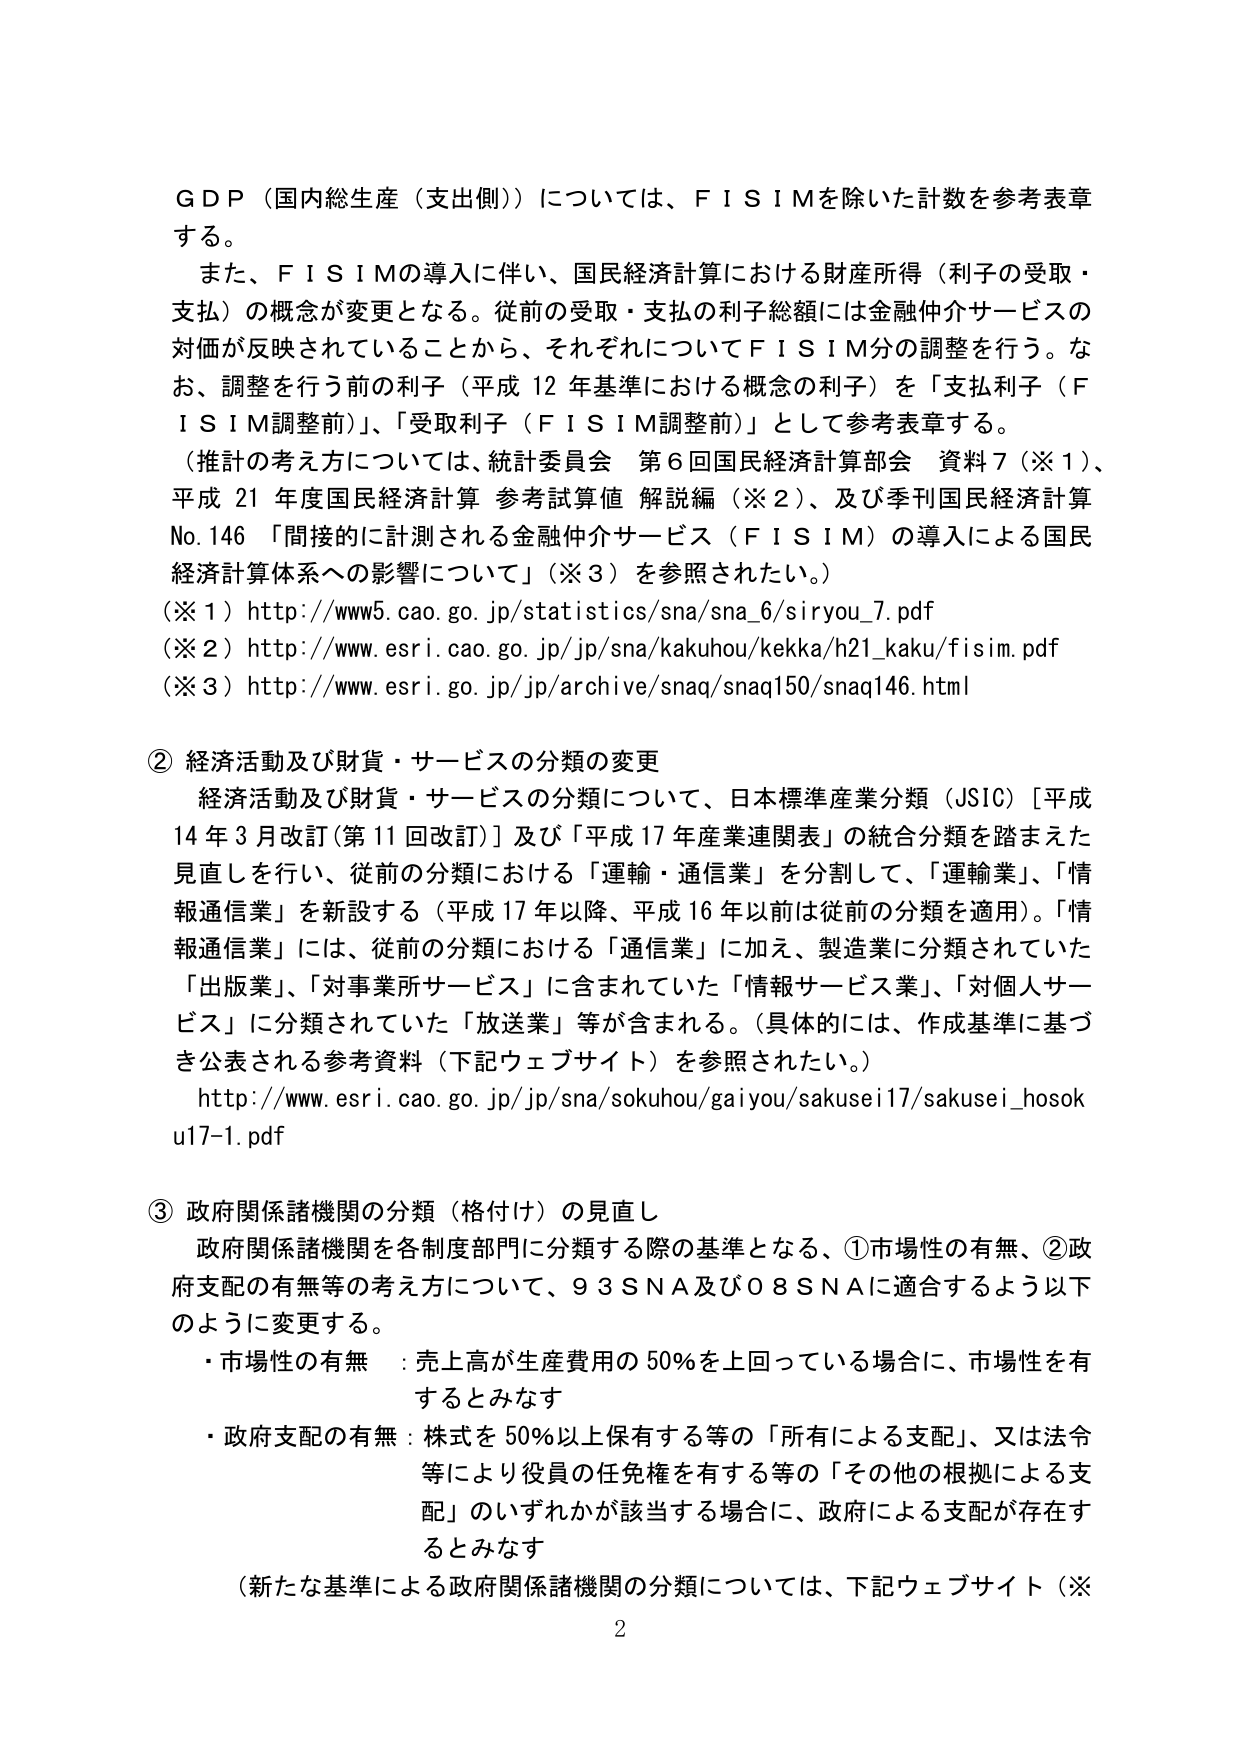
G D P（国内総生産（支出側））については、F I S I Mを除いた計数を参考表章する。

また、F I S I Mの導入に伴い、国民経済計算における財産所得（利子の受取・支払）の概念が変更となる。従前の受取・支払の利子総額には金融仲介サービスの対価が反映されていることから、それぞれについてF I S I M分の調整を行う。なお、調整を行う前の利子（平成12年基準における概念の利子）を「支払利子（F I S I M調整前）」、「受取利子（F I S I M調整前）」として参考表章する。

（推計の考え方については、統計委員会 第6回国民経済計算部会 資料7（※1）、平成21年度国民経済計算 参考試算値 解説編（※2）、及び季刊国民経済計算No.146「間接的に計測される金融仲介サービス（F I S I M）の導入による国民経済計算体系への影響について」（※3）を参照されたい。）

（※1）http://www5.cao.go.jp/statistics/sna/sna_6/siryou_7.pdf
（※2）http://www.esri.cao.go.jp/jp/sna/kakuhou/kekka/h21_kaku/fisim.pdf
（※3）http://www.esri.go.jp/jp/archive/snaq/snaq150/snaq146.html

② 経済活動及び財貨・サービスの分類の変更
経済活動及び財貨・サービスの分類について、日本標準産業分類（JSIC）［平成14年3月改訂（第11回改訂）］及び「平成17年産業連関表」の統合分類を踏まえた見直しを行い、従前の分類における「運輸・通信業」を分割して、「運輸業」、「情報通信業」を新設する（平成17年以降、平成16年以前は従前の分類を適用）。「情報通信業」には、従前の分類における「通信業」に加え、製造業に分類されていた「出版業」、「対事業所サービス」に含まれていた「情報サービス業」、「対個人サービス」に分類されていた「放送業」等が含まれる。（具体的には、作成基準に基づき公表される参考資料（下記ウェブサイト）を参照されたい。）
http://www.esri.cao.go.jp/jp/sna/sokuhou/gaiyou/sakusei17/sakusei_hosoku17-1.pdf

③ 政府関係諸機関の分類（格付け）の見直し
政府関係諸機関を各制度部門に分類する際の基準となる、①市場性の有無、②政府支配の有無等の考え方について、93SNA及び08SNAに適合するよう以下のように変更する。
・市場性の有無：売上高が生産費用の50％を上回っている場合に、市場性を有するとみなす
・政府支配の有無：株式を50％以上保有する等の「所有による支配」、又は法令等により役員の任免権を有する等の「その他の根拠による支配」のいずれかが該当する場合に、政府による支配が存在するとみなす
（新たな基準による政府関係諸機関の分類については、下記ウェブサイト（※

2